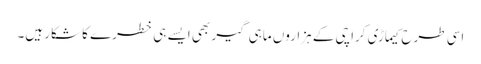
اسی طرح کیماڑی کراچی کے ہزاروں ماہی گیر بھی ایسے ہی خطرے کا شکار ہیں۔